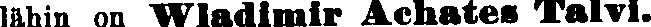
lähin on Wladlmir Achates Talvi.